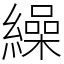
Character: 繰